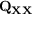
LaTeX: \mathbf { Q } _ { \mathbf { X X } }